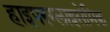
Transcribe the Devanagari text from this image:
हाइपरग्लाइसेमिक